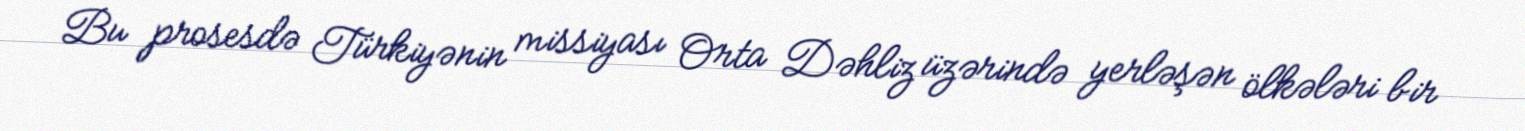
Bu prosesdə Türkiyənin missiyası Orta Dəhliz üzərində yerləşən ölkələri bir